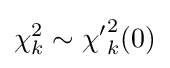
\chi _{k}^{2}\sim {\chi '}_{k}^{2}(0)